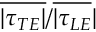
\overline { { \vert \tau _ { T E } \vert } } / \overline { { \vert \tau _ { L E } } } \vert